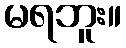
မရဘူး။